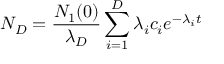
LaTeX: N _ { D } = { \frac { N _ { 1 } ( 0 ) } { \lambda _ { D } } } \sum _ { i = 1 } ^ { D } \lambda _ { i } c _ { i } e ^ { - \lambda _ { i } t }